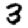
Digit: 3